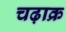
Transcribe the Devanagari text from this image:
चढ़ाक्र